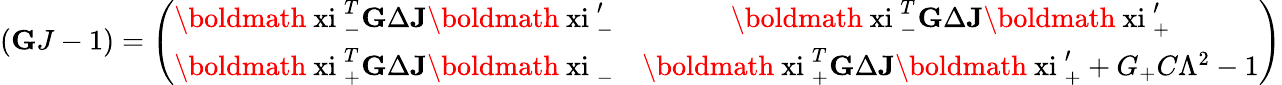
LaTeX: \left({\mathbf GJ-1}\right)=\left(\begin{array}{cc}{{\mathrm{\boldmath~xi~}_{-}^{T}{\mathbf G}\Delta{\mathbf J}\mathrm{\boldmath~xi~}_{-}^{\prime}}}&{{\mathrm{\boldmath~xi~}_{-}^{T}{\mathbf G}\Delta{\mathbf J}\mathrm{\boldmath~xi~}_{+}^{\prime}}}\\ {{\mathrm{\boldmath~xi~}_{+}^{T}{\mathbf G}\Delta{\mathbf J}\mathrm{\boldmath~xi~}_{-}}}&{{\mathrm{\boldmath~xi~}_{+}^{T}{\mathbf G}\Delta{\mathbf J}\mathrm{\boldmath~xi~}_{+}^{\prime}+G_{+}C\Lambda^{2}-1}}\end{array}\right)